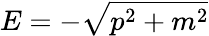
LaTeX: E=-{\sqrt{p^{2}+m^{2}}}